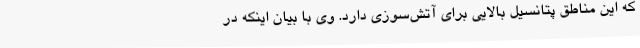
که این مناطق پتانسیل بالایی برای آتش‌سوزی دارد. وی با بیان اینکه در